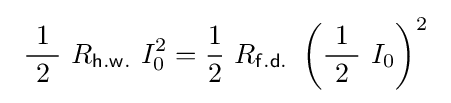
\ {\frac {\ 1\ }{2}}\ R_{\mathsf {h.w.}}\ I_{0}^{2}={\frac {1}{2}}\ R_{\mathsf {f.d.}}\ \left({\frac {\ 1\ }{2}}\ I_{0}\right)^{2}\